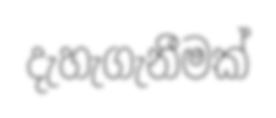
දැහැගැනීමක්